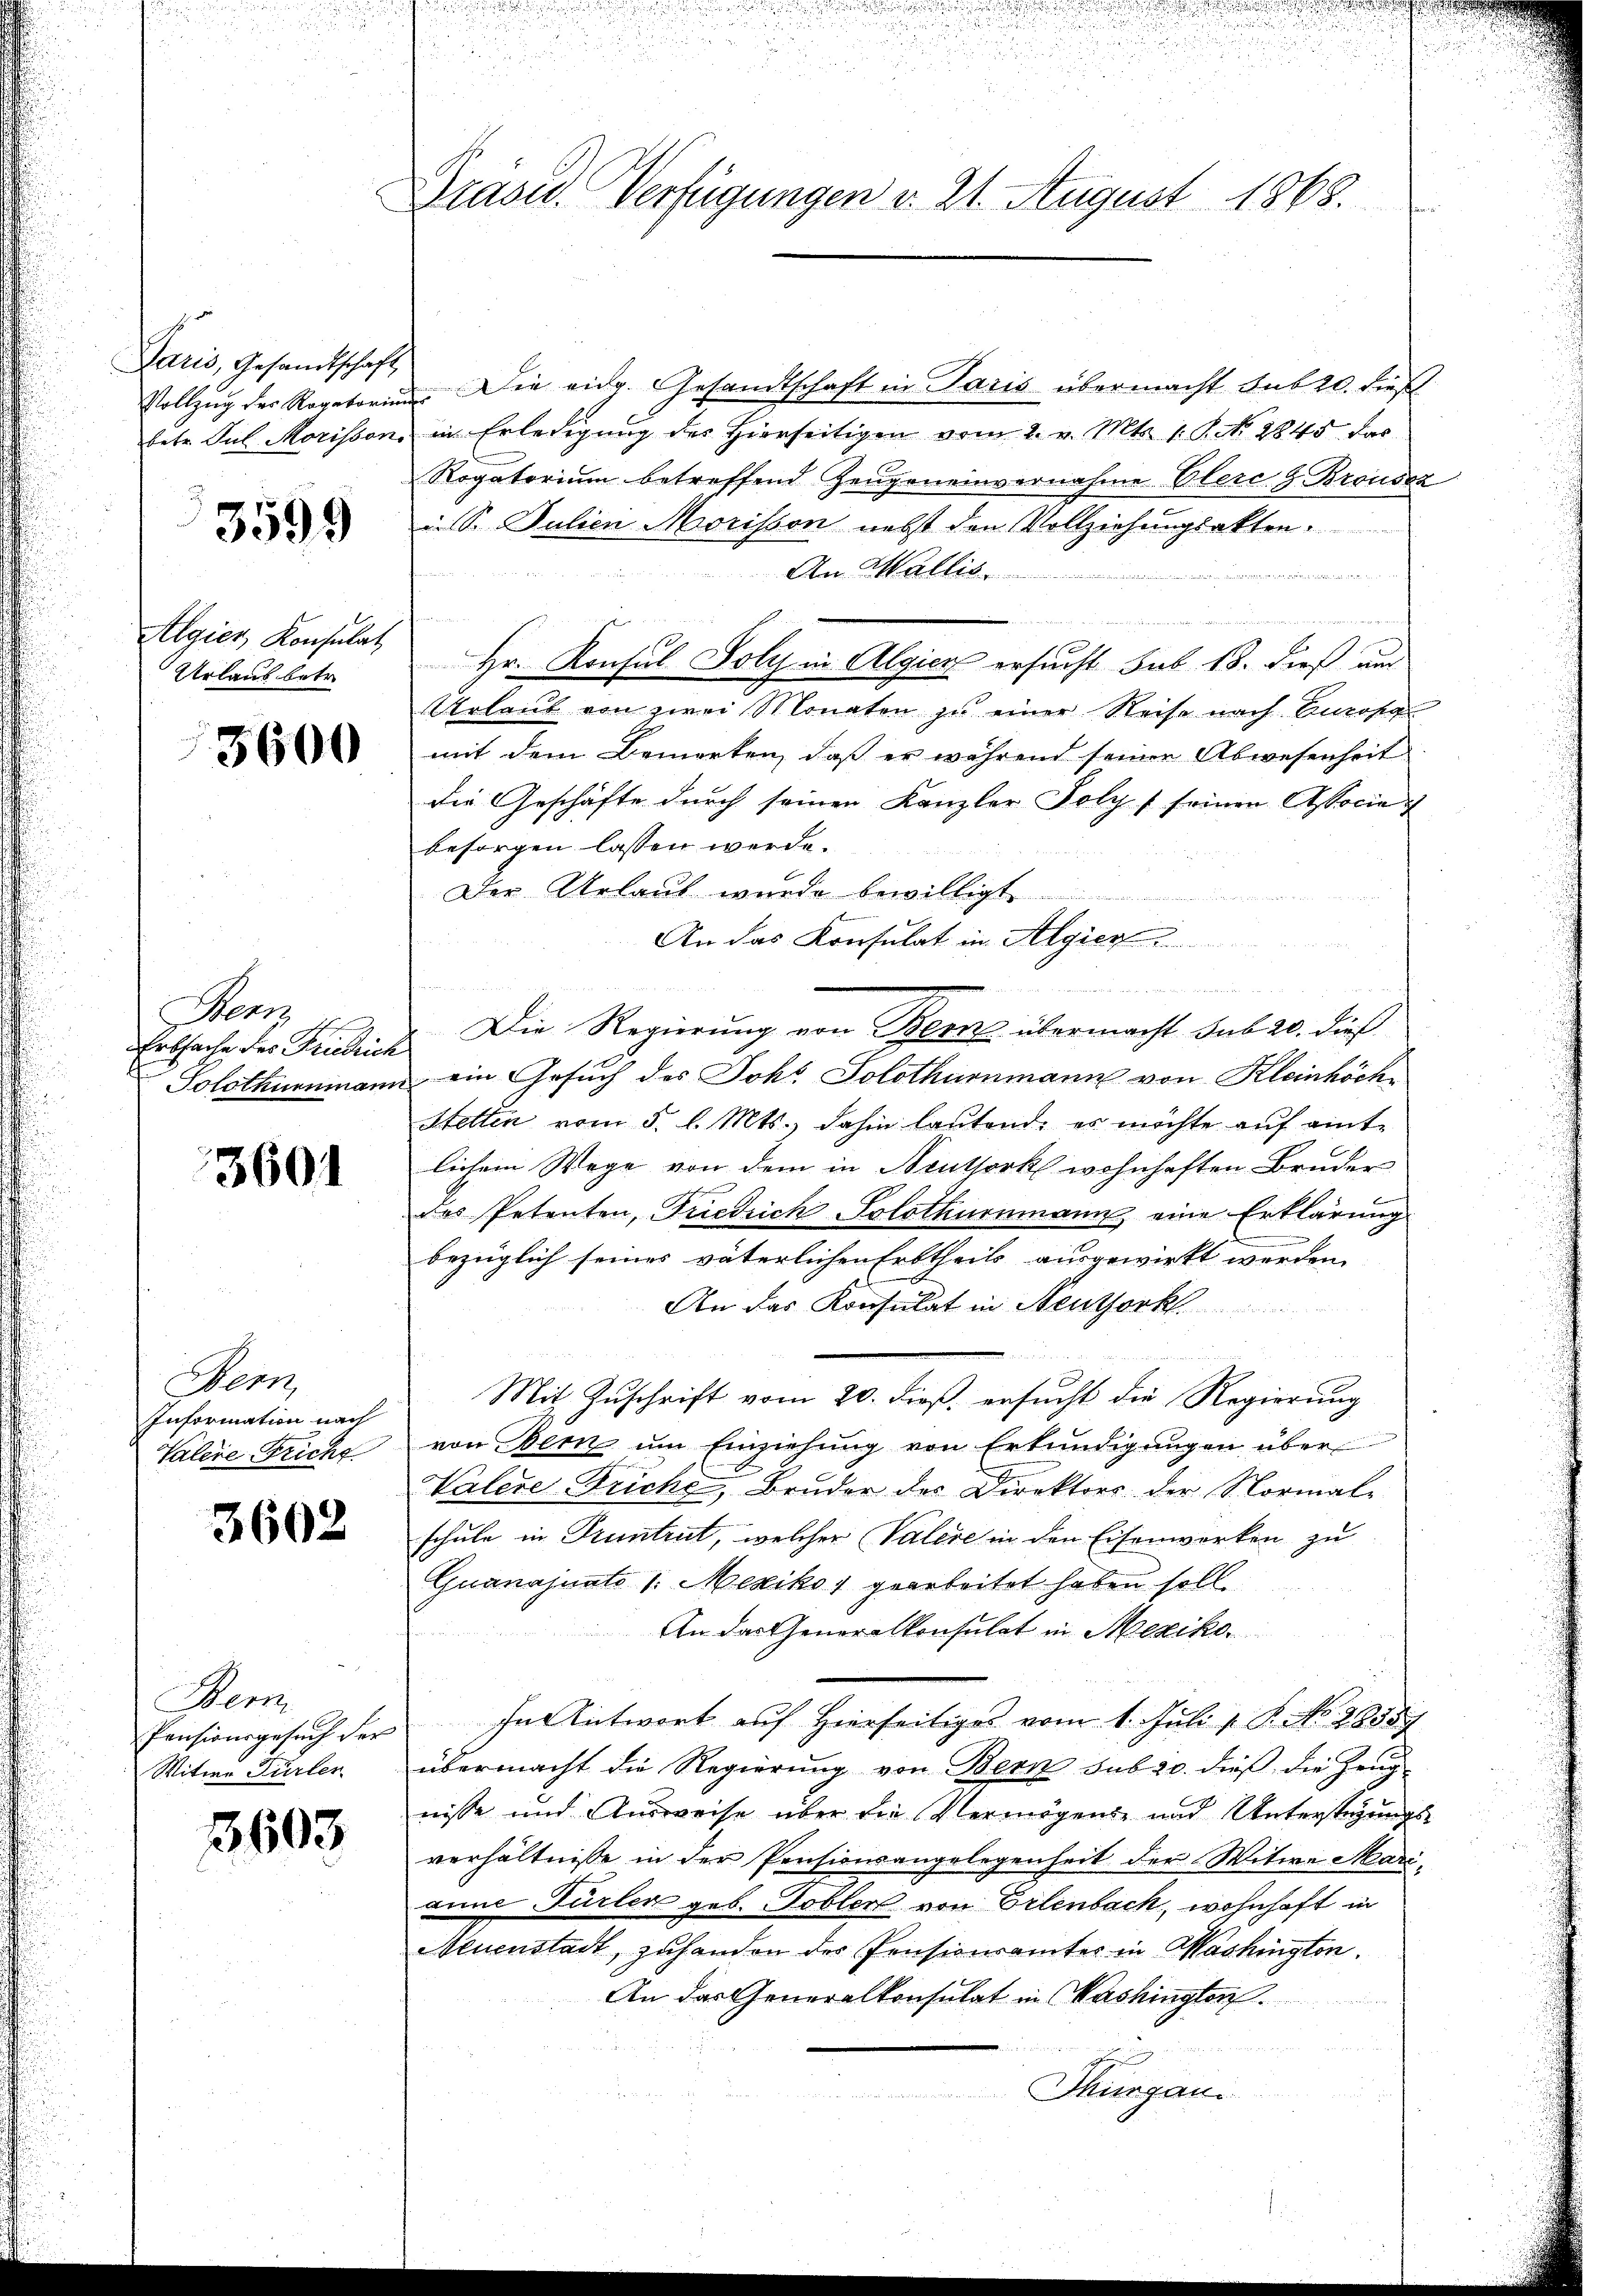
Paris, Gesandtschaft,
Vollzug des Rogatorium
betr. Jul. Morissen.

3599

Algier Konsulat
Urlaus betr.

5600

ean
.
Erbsache des Friedrich
Jolothurnmann

3601

Bern,
Information nach
Valere Tricht

3602

Bem
Pensionsgesuch der
Witwe Türler

33603

Grasid. Verfügungen v. 21. August 1868.

Die eidg. Gesandtschaft in Paris übermacht sub 20. dies
in Erledigung des Hierseitigen vom 2. v. Mts. 1. P. N. 2845 das
Rogatorium betreffend Zeugeneinvernahme Olere z. Brousaz
i. S. Julien Morisson nebst den Vollziehungsakten.

Am Wallis de
e
Hr. Konsul Soly in Algien ersucht sub 18. dieß auch
Urlaub von zwei Monaten zu einer Reise nach Enzose
mit dem Bemerken, daß er während seiner Abwesenheit
die Geschäfte durch seinen Kanzler Poly f seinen Associe
besorgen lassen werde.
Der Urlaut wurde bewilligt
An das Konsulat in Algier
Die Regierung von Bern übermacht sub 20. dieß
ein Gesuch des Johs. Solothurmann von Kleinhöch
Stetten vom 3. l. Mts., dahin lautend, es möchte auf eint-
lichem Wege von dem in Neuthork wohnhaften Bruder
des Petenten, Friedrich Solothurnmann eine Erklärung
bezüglich seines väterlichen Erbtheils ausgewirkt werden.
An das Konsulat in Neuthork
Mit Zuschrift vom 20. dieß ersucht die Regierung
von Bern um Einziehung von Erkundigungen über
Valese Fricht, Bruder des Direktors der Normale
schule in Pruntrut, welcher Valere in den Eisenwerken zu
Guanajuato 1: Mexiko, gearbeitet haben soll
An das Generalkonsulat in Mexiko
In Antwort auf Hierseitiges vom 1. Juli 18. No. 2835.
übermacht die Regierŭng von Bern sub 20. dieβ die Zeŭg-
nisse und Ausweise über die Vermögens und Unterstehungsverhältnisse in der Pensionsangelegenheit der Witwe Mariaine Fürler geb. Tobler von Erlenbach, wohnhaft in
Neuenstadt, zuhanden der Pensionsamtes in Washington.
An der Generalkonsulat in Washington
Thurgau.